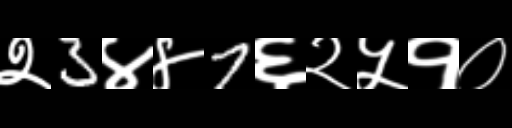
Text: २3४४7६२५१०